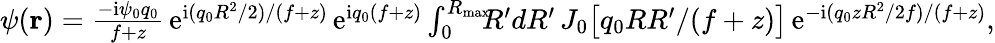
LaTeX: \begin{array}{r}{\psi({\mathbf r})=\frac{-\mathrm{i}\psi_{0}q_{0}}{f+z}\, \mathrm{e}^{\mathrm{i}(q_{0}R^{2}/2)/(f+z)}\, \mathrm{e}^{\mathrm{i}q_{0}(f+z)}\int_{0}^{R_{\mathrm{max}}}\! \! \! R^{\prime}dR^{\prime}\, J_{0}\big[q_{0}RR^{\prime}/(f+z)\big]\, \mathrm{e}^{-\mathrm{i}(q_{0}zR^{2}/2f)/(f+z)},}\end{array}